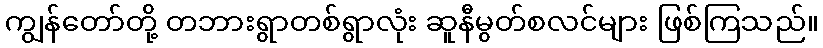
ကျွန်တော်တို့ တဘားရွာတစ်ရွာလုံး ဆူနီမွတ်စလင်များ ဖြစ်ကြသည်။